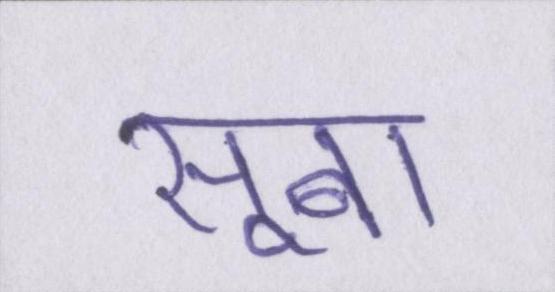
सूबा